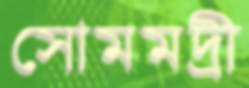
সোমমদ্রী